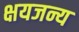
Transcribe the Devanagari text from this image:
क्षयजन्य